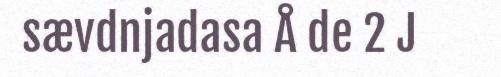
sævdnjadasa Å de 2 J